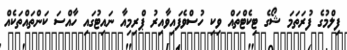
ފިލްމުގެ ފުރަތަމަ ޝޯގެ ޓިކެޓްތައް ވިކި ހުސްވެފައިވާއިރު ޕްރިމިއާ ނައިޓުގައި ހާއްސަ ކަންތައްތަކެއް